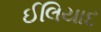
ઈલિયાદ